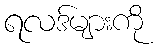
ရလဒ်များကို